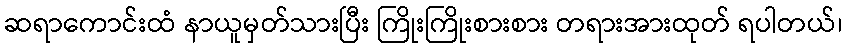
ဆရာကောင်းထံ နာယူမှတ်သားပြီး ကြိုးကြိုးစားစား တရားအားထုတ် ရပါတယ်၊